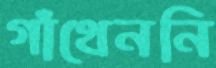
গাঁথেননি